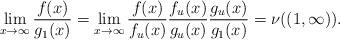
LaTeX: \begin{align*} \lim_{x\to\infty}\frac{f(x)}{g_1(x)}= \lim_{x\to\infty} \frac{f(x)}{f_u(x)} \frac{f_u(x)}{g_u(x)} \frac{g_u(x)}{g_1(x)}=\nu((1,\infty)). \end{align*}